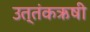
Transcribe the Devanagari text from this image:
उत्तंकऋषी